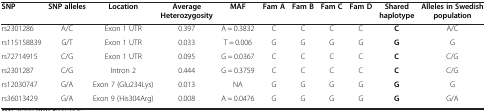
| SNP | SNP alleles | Location | Average Heterozygosity | MAF | Fam A | Fam B | Fam C | Fam D | Shared haplotype | Alleles in Swedish population |
 | --- | --- | --- | --- | --- | --- | --- | --- | --- | --- | --- |
 | rs2301286 | A/C | Exon 1 UTR | 0.397 | A = 0.3832 | C | C | C | C | C | A/C |
 | rs115158839 | G/T | Exon 1 UTR | 0.033 | T = 0.006 | G | G | G | G | G | G |
 | rs72714915 | C/G | Exon 1 UTR | 0.095 | G = 0.0367 | C | C | C | C | C | C/G |
 | rs2301287 | C/G | Intron 2 | 0.444 | G = 0.3759 | C | C | C | C | C | C/G |
 | rs12030747 | G/A | Exon 7 (Glu234Lys) | 0.013 | NA | G | G | G | G | G | G |
 | rs36013429 | G/A | Exon 9 (His304Arg) | 0.008 | A = 0.0476 | G | G | G | G | G | G/A |